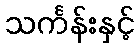
သင်္ကန်းနှင့်